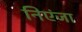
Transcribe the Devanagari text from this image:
निएंजा